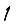
Digit: 1